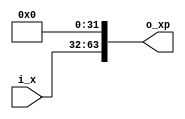
//////////////////////////////////////////////////////////////////////////////////
// Company       : TSU
// Engineer      : 
// 
// Project Name  : 
// Design Name   : 
// Description   : 
//                
// 
// Dependencies  : 
// 
// Revision      : 
//                 - V1.0 File Created
// Additional Comments:
// 
//////////////////////////////////////////////////////////////////////////////////
// 
// WARNING: THIS FILE IS AUTOGENERATED
// ANY MANUAL CHANGES WILL BE LOST

`timescale 1ns/1ps
module Expand2_n1o2k32(
    input  wire [31:0] i_x,
    output wire [63:0] o_xp);


// ------------------------------------------------------------------------------
// for(i=0;i<1;i++)
// {
//   xp[i]=0;
// }
// ------------------------------------------------------------------------------
assign o_xp[ 0+:32] = 32'd0;

// ------------------------------------------------------------------------------
// for(i=0;i<1;i++)
// {
//   xp[2-1+i]=x[i];
// }
// ------------------------------------------------------------------------------
assign o_xp[32+:32] = i_x[ 0+:32];



endmodule